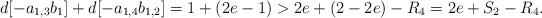
LaTeX: \begin{align*}d[-a_{1,3}b_{1}]+d[-a_{1,4}b_{1,2}]=1+(2e-1)>2e+(2-2e)-R_{4}=2e+S_{2}-R_{4}.\end{align*}